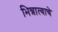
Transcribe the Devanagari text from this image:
भिन्नात्वाचे